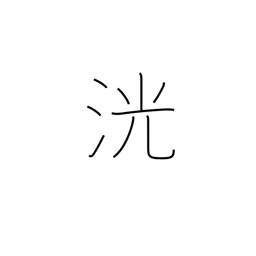
Meaning: sparkling water